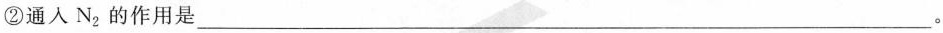
②通人N_{2}的作用是___。